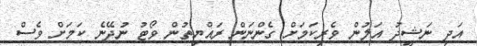
އަދި ނަޝީދު އަލުން ވެރިކަމަށް ގެންނަން ރައްޔިތުން ވޯޓު ނުދޭނެ ކަމަށް ވެސް